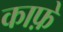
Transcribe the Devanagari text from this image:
काफ़े